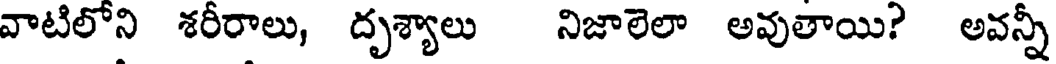
వాటిలోని శరీరాలు, దృశ్యాలు నిజాలెలా అవుతాయి? అవన్నీ